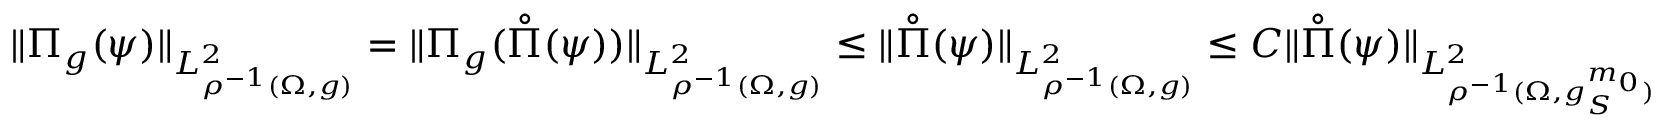
\| \Pi _ { g } ( \psi ) \| _ { L _ { \rho ^ { - 1 } ( \Omega , g ) } ^ { 2 } } = \| \Pi _ { g } ( \mathring \Pi ( \psi ) ) \| _ { L _ { \rho ^ { - 1 } ( \Omega , g ) } ^ { 2 } } \leq \| \mathring \Pi ( \psi ) \| _ { L _ { \rho ^ { - 1 } ( \Omega , g ) } ^ { 2 } } \leq C \| \mathring \Pi ( \psi ) \| _ { L _ { \rho ^ { - 1 } ( \Omega , g _ { S } ^ { m _ { 0 } } ) } ^ { 2 } }